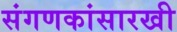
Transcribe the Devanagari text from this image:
संगणकांसारखी